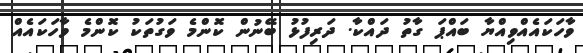
ވާހަކައެއްވިއްޔާ ބައްޕަ ގާތު ދައްކާ. ދަރިފުޅު ބޭނުން ކޮންމެ ވަގުތަކު ކޮންމެ ވާހަކައެއް